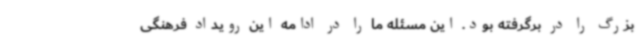
بزرگ را در برگرفته بود. این مسئله ما را در ادامه این رویداد فرهنگی